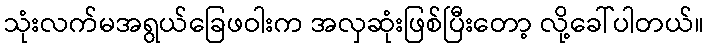
သုံးလက်မအရွယ်ခြေဖဝါးက အလှဆုံးဖြစ်ပြီးတော့ လို့ခေါ်ပါတယ်။